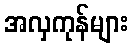
အလှကုန်များ